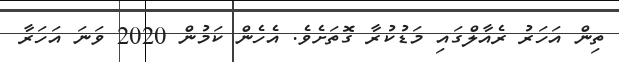
ތިން އަހަރު ރެއާލްގައި މަޑުކުރާ ގޮތަށެވެ. އެހެން ކަމުން 2020 ވަނަ އަހަރާ